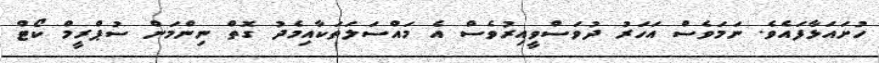
ހުށައަޅާފައެވެ. ނަމަވެސް އަހަރު ދުވަސްވީއިރުވެސް އެ މައްސަލަތަކާއިމެދު ގޮތް ނިންމަން ސުޕްރީމް ކޯޓް